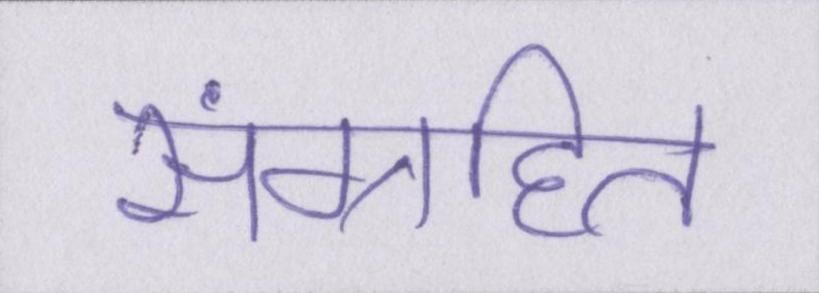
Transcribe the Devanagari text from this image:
संग्रहित